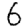
Digit: 6